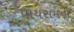
પાયસમનો